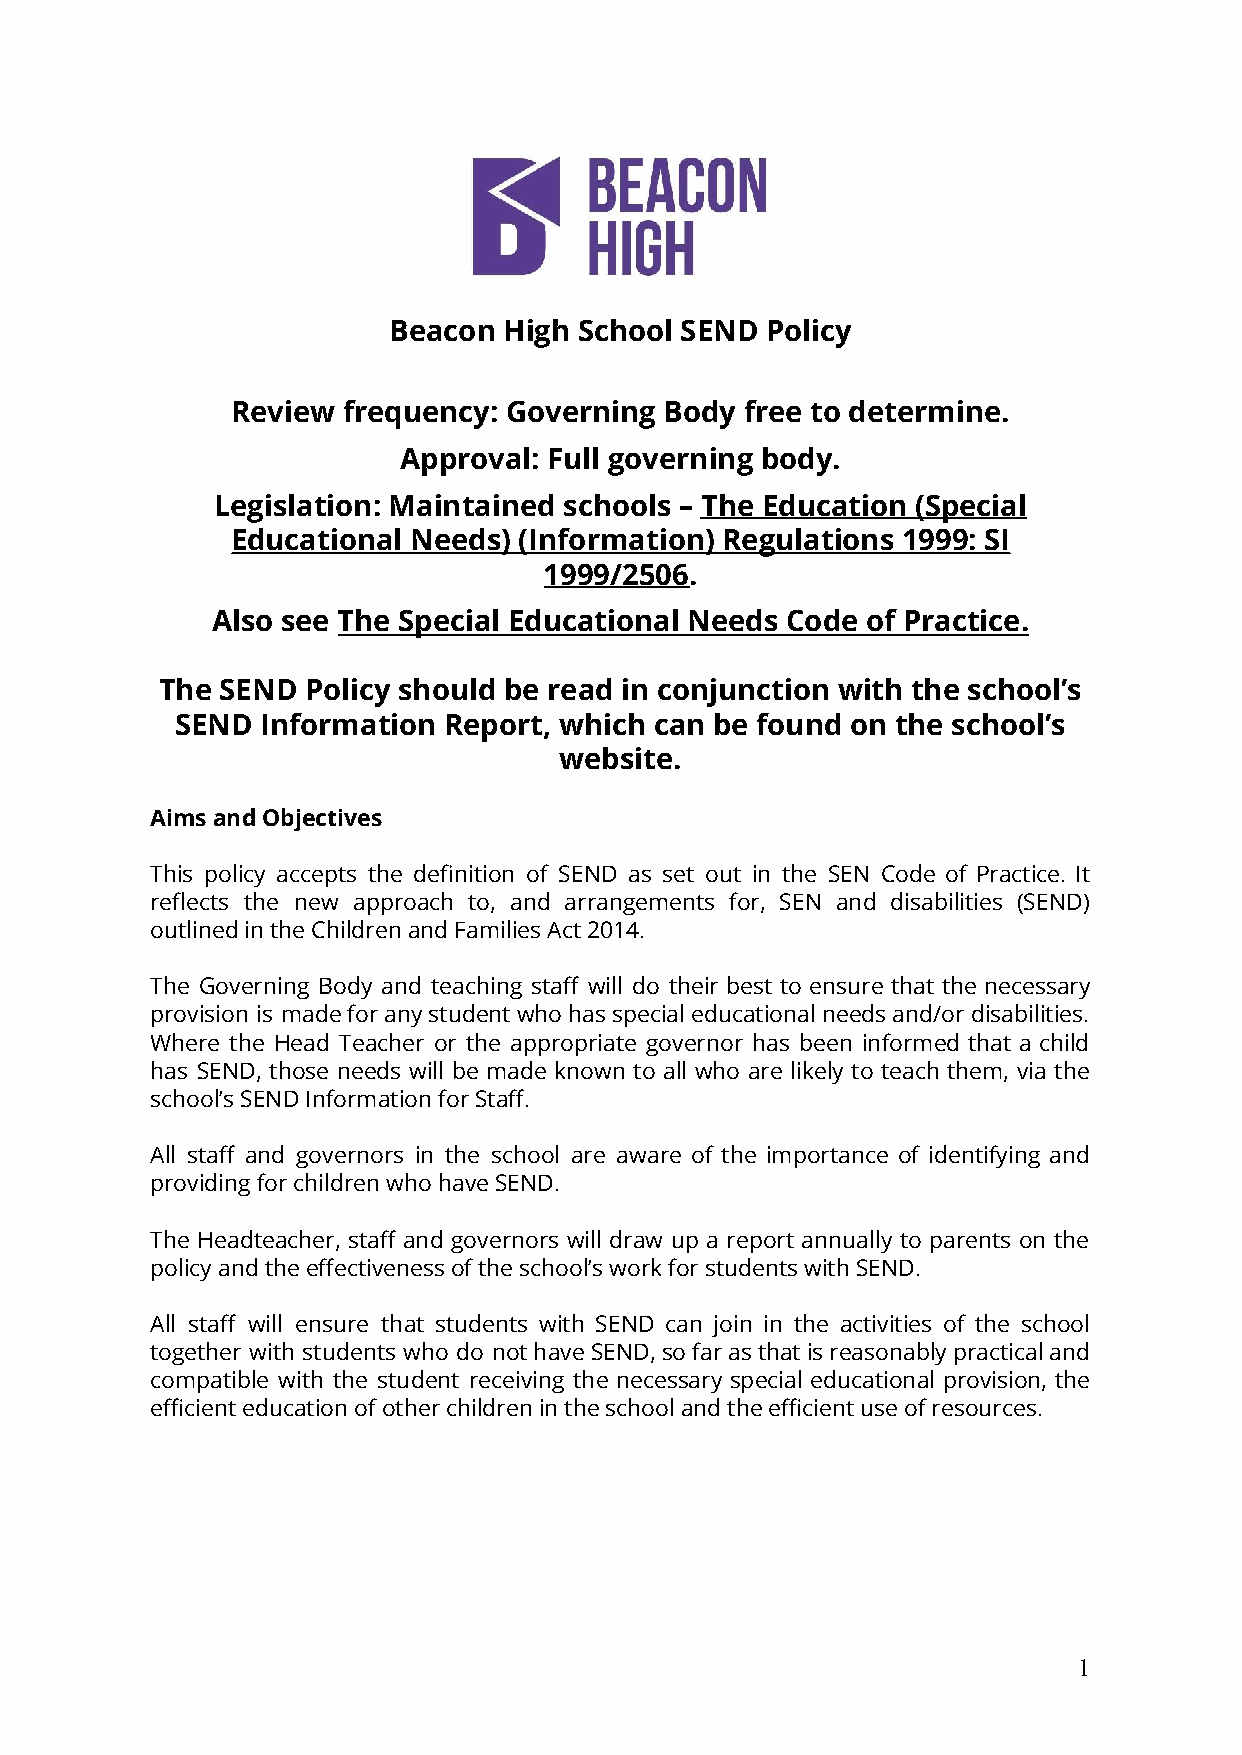
Beacon High School SEND  Policy
 Review  frequency: Governing Body free to determine.
 Approval: Full governing body.
 Legislation: Maintained schools – The Education (Special
 Educational Needs) (Information) Regulations 1999: SI
 1999/2506.
 Also see The Special Educational Needs Code of Practice.
 The  SEND Policy should be read in conjunction with the school’s
 SEND Information Report, which can be found on the school’s
 website.
 Aims and Objectives
 This policy accepts the definition of SEND as set out in the SEN Code of Practice. It
 reflects the new approach to, and arrangements for, SEN and disabilities (SEND)
 outlined in the Children and Families Act 2014.
 The Governing Body and teaching staff will do their best to ensure that the necessary
 provision is madeforanystudentwhohasspecialeducationalneedsand/ordisabilities.
 Where the Head Teacher or the appropriate governor has been informed that a child
 has SEND, those needs will be made known to all who are likely to teach them, via the
 school’s SEND Information for Staff.
 All staff and governors in the school are aware of the importance of identifying and
 providing for children who have SEND.
 The Headteacher, staff and governors will draw up a report annually to parents on the
 policy and the effectiveness of the school’s work for students with SEND.
 All staff will ensure that students with SEND can join in the activities of the school
 together with students who do nothaveSEND,sofarasthatisreasonablypracticaland
 compatible with the student receiving the necessary special educational provision, the
 efficient education of other children in the school and the efficient use of resources.
 1